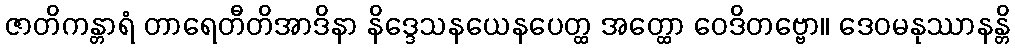
ဇာတိကန္တာရံ တာရေတီတိအာဒိနာ နိဒ္ဒေသနယေနပေတ္ထ အတ္ထော ဝေဒိတဗ္ဗော။ ဒေဝမနုဿာနန္တိ